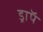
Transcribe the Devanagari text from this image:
ड्राॅप